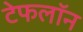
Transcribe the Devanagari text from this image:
टेफलॉन